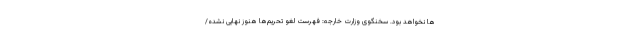
ها نخواهد بود. سخنگوی وزارت خارجه: فهرست لغو تحریم‌ها هنوز نهایی نشده/